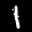
Label: 1